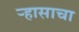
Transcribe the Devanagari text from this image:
र्‍हासाचा